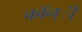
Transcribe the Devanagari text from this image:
कॉन्ी्